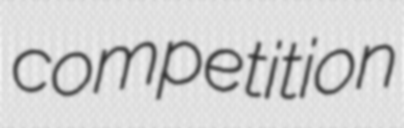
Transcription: competition